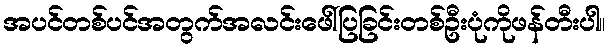
အပင်တစ်ပင်အတွက်အလင်းဖေါ်ပြခြင်းတစ်ဦးပုံကိုဖန်တီးပါ။